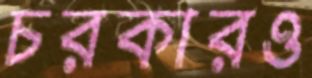
চরকারও